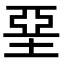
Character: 堊